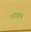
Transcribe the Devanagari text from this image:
नॉट्यूलस